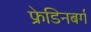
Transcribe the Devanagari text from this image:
फ्रेडिनबर्ग